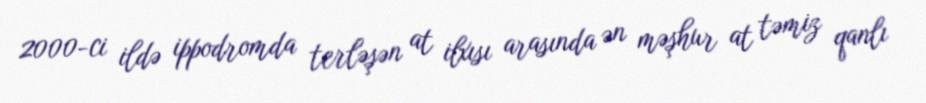
2000-ci ildə ippodromda terləşən at ilxısı arasında ən məşhur at təmiz qanlı